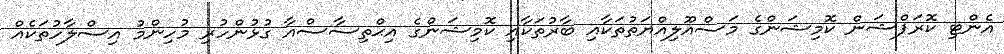
އެންޓި ކޮރަޕްޝަން ކޮމިޝަންގެ މަސްއޫލިއްޔަތުތަކާއި ބާރުތަކާއި ކޮމިޝަންގެ އިޙްތިސާސްއާ ގުޅުންހުރި މުހިންމު އިސްލާހުތަކެއް